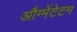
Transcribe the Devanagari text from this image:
औग्मेंटेटम